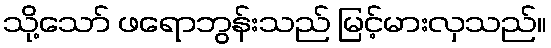
သို့သော် ဖရောဘွန်းသည် မြင့်မားလှသည်။